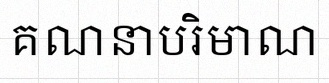
គណនាបរិមាណ